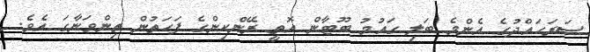
ސަރަހައްދުގެ އެންމެ ބަލި ގައުމު ބޫޓާން އޮތީ ރޭންކިންގެ ފަހަތުން ތިންވަނާގަ އެވެ.